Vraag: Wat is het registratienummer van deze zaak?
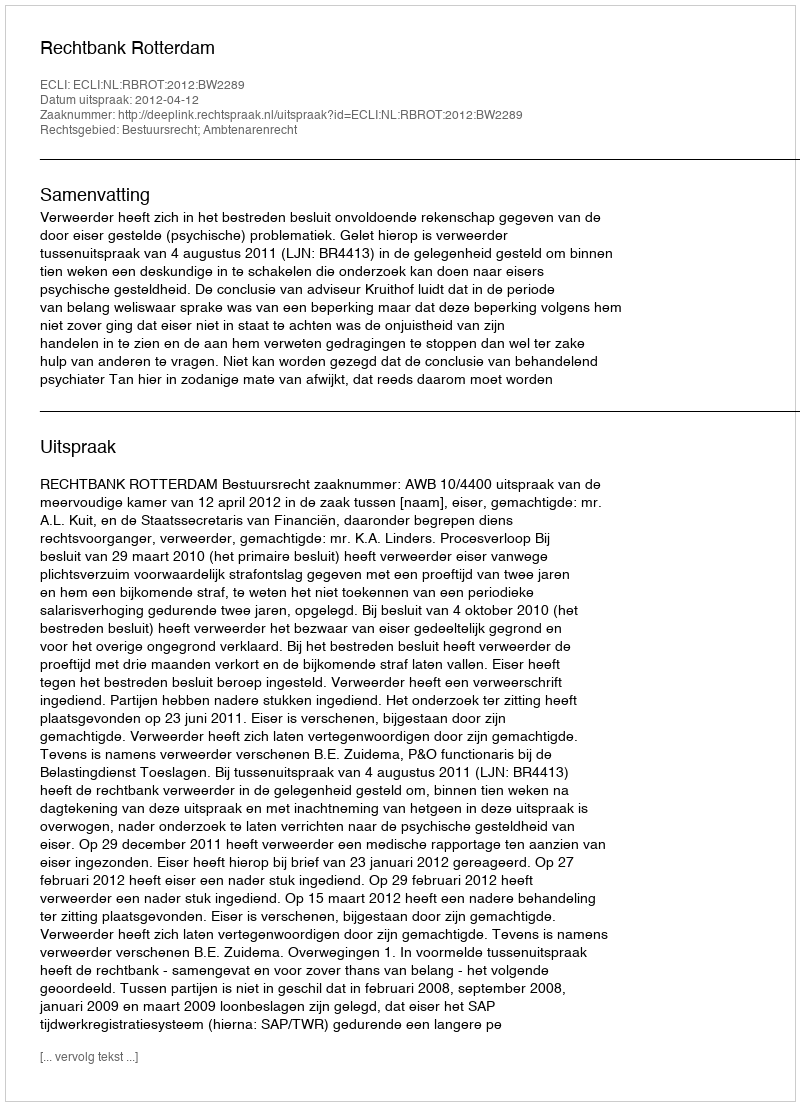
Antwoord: http://deeplink.rechtspraak.nl/uitspraak?id=ECLI:NL:RBROT:2012:BW2289